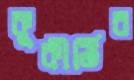
কুকীর্তির